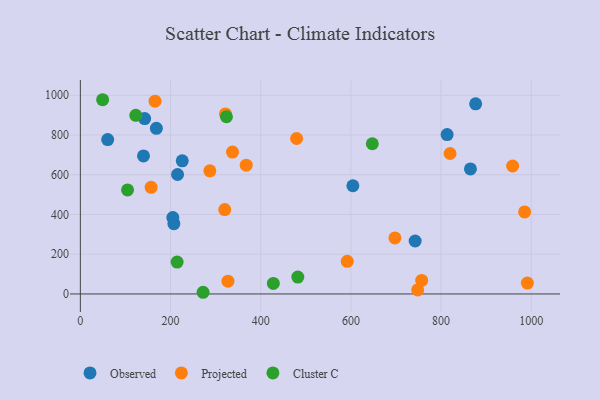
{"axis": {"x": "Price", "y": "Demand"}, "legend": ["Cluster C", "Observed", "Projected"], "data": [{"x": "226.0", "y": 669.8, "type": "Observed"}, {"x": "813.4", "y": 802.1, "type": "Observed"}, {"x": "142.6", "y": 882.4, "type": "Observed"}, {"x": "207.4", "y": 353.7, "type": "Observed"}, {"x": "876.7", "y": 957.1, "type": "Observed"}, {"x": "168.6", "y": 833.7, "type": "Observed"}, {"x": "604.4", "y": 544.5, "type": "Observed"}, {"x": "60.6", "y": 777.2, "type": "Observed"}, {"x": "865.1", "y": 629.3, "type": "Observed"}, {"x": "215.6", "y": 601.3, "type": "Observed"}, {"x": "205.1", "y": 384.3, "type": "Observed"}, {"x": "140.0", "y": 694.8, "type": "Observed"}, {"x": "742.5", "y": 266.5, "type": "Observed"}, {"x": "591.9", "y": 164.2, "type": "Projected"}, {"x": "287.2", "y": 619.8, "type": "Projected"}, {"x": "819.9", "y": 707.0, "type": "Projected"}, {"x": "320.2", "y": 424.9, "type": "Projected"}, {"x": "748.1", "y": 20.5, "type": "Projected"}, {"x": "757.0", "y": 68.3, "type": "Projected"}, {"x": "165.6", "y": 970.4, "type": "Projected"}, {"x": "156.9", "y": 536.7, "type": "Projected"}, {"x": "697.7", "y": 281.9, "type": "Projected"}, {"x": "479.6", "y": 782.4, "type": "Projected"}, {"x": "991.4", "y": 54.7, "type": "Projected"}, {"x": "367.9", "y": 648.2, "type": "Projected"}, {"x": "321.8", "y": 906.2, "type": "Projected"}, {"x": "327.4", "y": 64.6, "type": "Projected"}, {"x": "958.7", "y": 643.9, "type": "Projected"}, {"x": "337.4", "y": 714.1, "type": "Projected"}, {"x": "985.3", "y": 413.0, "type": "Projected"}, {"x": "272.2", "y": 8.5, "type": "Cluster C"}, {"x": "214.6", "y": 160.3, "type": "Cluster C"}, {"x": "324.0", "y": 891.8, "type": "Cluster C"}, {"x": "647.5", "y": 756.0, "type": "Cluster C"}, {"x": "104.7", "y": 523.8, "type": "Cluster C"}, {"x": "482.3", "y": 85.2, "type": "Cluster C"}, {"x": "49.4", "y": 977.5, "type": "Cluster C"}, {"x": "428.0", "y": 53.0, "type": "Cluster C"}, {"x": "123.0", "y": 899.1, "type": "Cluster C"}]}